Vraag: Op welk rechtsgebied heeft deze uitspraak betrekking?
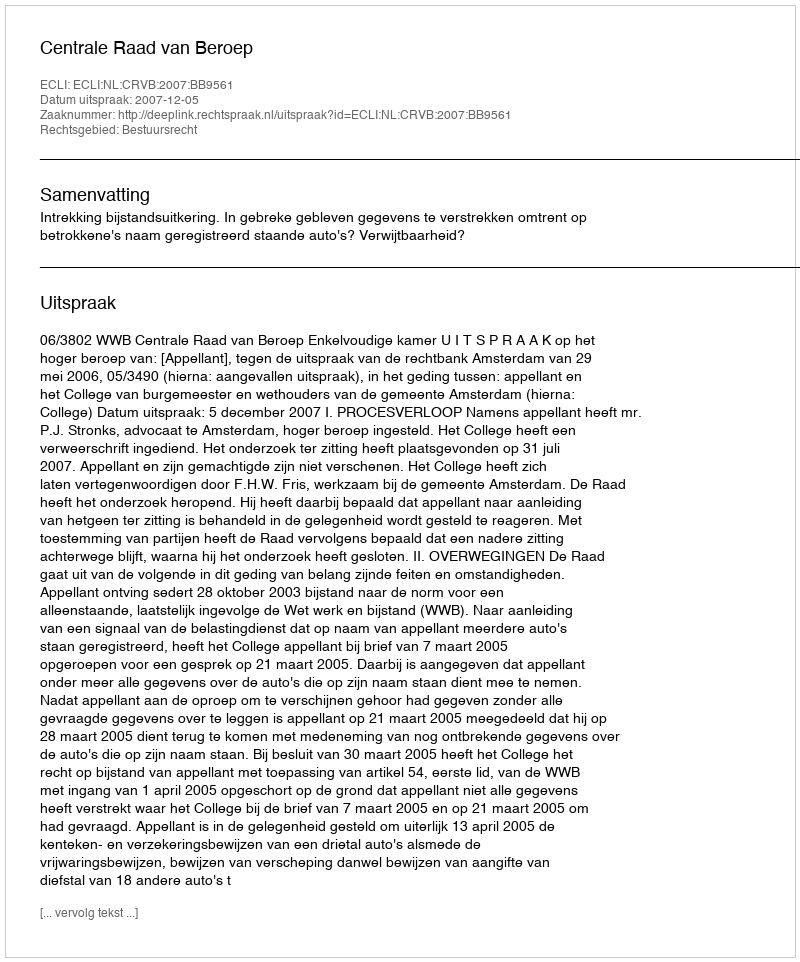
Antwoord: Bestuursrecht